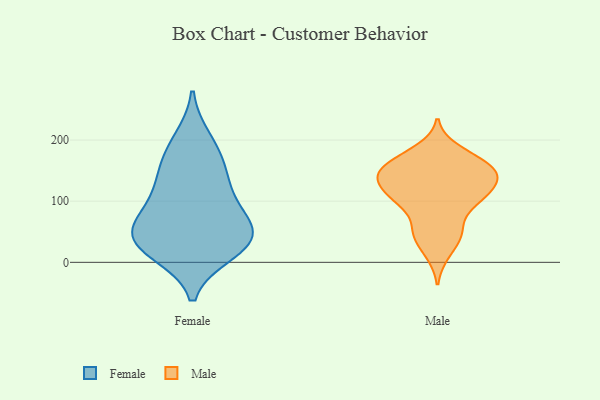
{"axis": {"x": "Market Share (%)", "y": "Value"}, "legend": ["Female", "Male"], "data": [{"x": "", "y": 70, "type": "Female"}, {"x": "", "y": 171, "type": "Female"}, {"x": "", "y": 34, "type": "Female"}, {"x": "", "y": 109, "type": "Female"}, {"x": "", "y": 116, "type": "Female"}, {"x": "", "y": 53, "type": "Female"}, {"x": "", "y": 17, "type": "Female"}, {"x": "", "y": 33, "type": "Female"}, {"x": "", "y": 151, "type": "Female"}, {"x": "", "y": 56, "type": "Female"}, {"x": "", "y": 200, "type": "Female"}, {"x": "", "y": 29, "type": "Female"}, {"x": "", "y": 170, "type": "Male"}, {"x": "", "y": 89, "type": "Male"}, {"x": "", "y": 137, "type": "Male"}, {"x": "", "y": 185, "type": "Male"}, {"x": "", "y": 168, "type": "Male"}, {"x": "", "y": 148, "type": "Male"}, {"x": "", "y": 97, "type": "Male"}, {"x": "", "y": 43, "type": "Male"}, {"x": "", "y": 105, "type": "Male"}, {"x": "", "y": 115, "type": "Male"}, {"x": "", "y": 158, "type": "Male"}, {"x": "", "y": 48, "type": "Male"}, {"x": "", "y": 52, "type": "Male"}, {"x": "", "y": 13, "type": "Male"}, {"x": "", "y": 143, "type": "Male"}, {"x": "", "y": 145, "type": "Male"}, {"x": "", "y": 125, "type": "Male"}, {"x": "", "y": 140, "type": "Male"}, {"x": "", "y": 108, "type": "Male"}]}